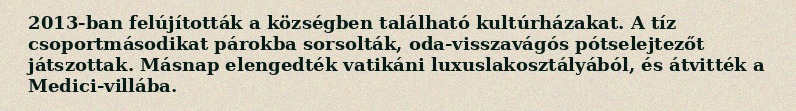
2013-ban felújították a községben található kultúrházakat. A tíz csoportmásodikat párokba sorsolták, oda-visszavágós pótselejtezőt játszottak. Másnap elengedték vatikáni luxuslakosztályából, és átvitték a Medici-villába.